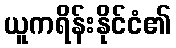
ယူကရိန်းနိုင်ငံ၏